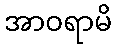
အာဝရာမိ